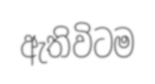
ඇතිවිටම